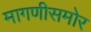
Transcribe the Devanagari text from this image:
मागणीसमोर